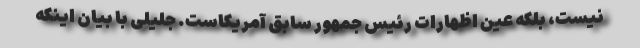
نیست، بلکه عین اظهارات رئیس جمهور سابق آمریکاست. جلیلی با بیان اینکه